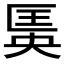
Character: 𱑆